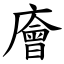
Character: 廥